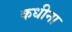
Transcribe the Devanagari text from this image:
कधीना